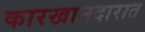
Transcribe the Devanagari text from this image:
कारखानदारात